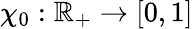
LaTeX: \chi_{0}:\mathbb{R}_{+}\to[0,1]